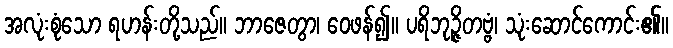
အလုံးစုံသော ရဟန်းတို့သည်။ ဘာဇေတွာ၊ ဝေဖန်၍။ ပရိဘုဉ္ဇိတဗ္ဗံ၊ သုံးဆောင်ကောင်း၏။